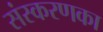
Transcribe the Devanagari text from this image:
संस्‍करणका